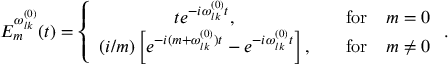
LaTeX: E _ { m } ^ { \omega _ { l k } ^ { ( 0 ) } } ( t ) = \left\{ \begin{array} { c c } { { t e ^ { - i \omega _ { l k } ^ { ( 0 ) } t } , } } & { { \quad \mathrm { f o r } \quad m = 0 } } \\ { { ( i / m ) \left[ e ^ { - i ( m + \omega _ { l k } ^ { ( 0 ) } ) t } - e ^ { - i \omega _ { l k } ^ { ( 0 ) } t } \right] , } } & { { \quad \mathrm { f o r } \quad m \neq 0 } } \end{array} \right. .